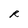
Character: R